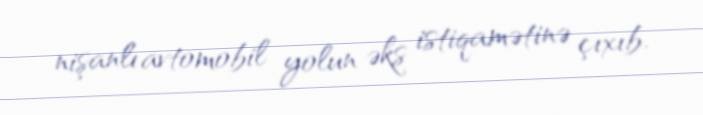
nişanlı avtomobil yolun əks istiqamətinə çıxıb.